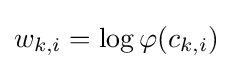
w_{k,i}=\log \varphi (c_{k,i})